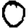
Digit: 0